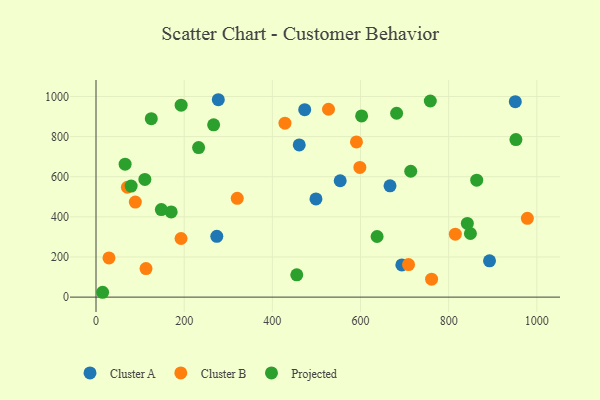
{"axis": {"x": "Price", "y": "Salary"}, "legend": ["Cluster A", "Cluster B", "Projected"], "data": [{"x": "473.4", "y": 934.2, "type": "Cluster A"}, {"x": "498.9", "y": 489.4, "type": "Cluster A"}, {"x": "553.9", "y": 580.0, "type": "Cluster A"}, {"x": "951.1", "y": 974.5, "type": "Cluster A"}, {"x": "277.4", "y": 984.0, "type": "Cluster A"}, {"x": "666.9", "y": 554.8, "type": "Cluster A"}, {"x": "274.0", "y": 303.0, "type": "Cluster A"}, {"x": "892.6", "y": 180.9, "type": "Cluster A"}, {"x": "461.0", "y": 758.5, "type": "Cluster A"}, {"x": "693.7", "y": 160.4, "type": "Cluster A"}, {"x": "428.6", "y": 867.1, "type": "Cluster B"}, {"x": "590.8", "y": 773.8, "type": "Cluster B"}, {"x": "761.2", "y": 89.4, "type": "Cluster B"}, {"x": "192.9", "y": 292.2, "type": "Cluster B"}, {"x": "815.1", "y": 313.7, "type": "Cluster B"}, {"x": "89.2", "y": 473.8, "type": "Cluster B"}, {"x": "598.5", "y": 646.4, "type": "Cluster B"}, {"x": "320.4", "y": 492.6, "type": "Cluster B"}, {"x": "113.4", "y": 142.0, "type": "Cluster B"}, {"x": "708.9", "y": 162.4, "type": "Cluster B"}, {"x": "71.2", "y": 547.6, "type": "Cluster B"}, {"x": "527.4", "y": 936.5, "type": "Cluster B"}, {"x": "978.5", "y": 392.7, "type": "Cluster B"}, {"x": "29.4", "y": 195.3, "type": "Cluster B"}, {"x": "232.7", "y": 745.4, "type": "Projected"}, {"x": "681.9", "y": 916.6, "type": "Projected"}, {"x": "15.0", "y": 24.1, "type": "Projected"}, {"x": "170.5", "y": 424.7, "type": "Projected"}, {"x": "863.6", "y": 582.7, "type": "Projected"}, {"x": "79.7", "y": 553.6, "type": "Projected"}, {"x": "66.0", "y": 662.5, "type": "Projected"}, {"x": "637.6", "y": 302.2, "type": "Projected"}, {"x": "602.5", "y": 903.2, "type": "Projected"}, {"x": "193.1", "y": 956.6, "type": "Projected"}, {"x": "758.3", "y": 977.6, "type": "Projected"}, {"x": "713.9", "y": 627.4, "type": "Projected"}, {"x": "952.5", "y": 785.5, "type": "Projected"}, {"x": "842.3", "y": 367.5, "type": "Projected"}, {"x": "110.8", "y": 586.7, "type": "Projected"}, {"x": "455.4", "y": 111.3, "type": "Projected"}, {"x": "125.4", "y": 889.5, "type": "Projected"}, {"x": "849.3", "y": 317.2, "type": "Projected"}, {"x": "266.8", "y": 859.0, "type": "Projected"}, {"x": "148.2", "y": 436.6, "type": "Projected"}]}